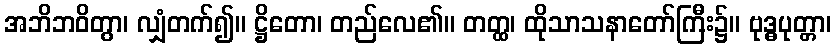
အဘိဘဝိတွာ၊ လျှံတက်၍။ ဋ္ဌိတော၊ တည်လေ၏။ တတ္ထ၊ ထိုသာသနာတော်ကြီး၌။ ဗုဒ္ဓပုတ္တာ၊